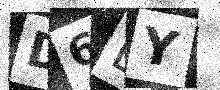
Text: D6EY